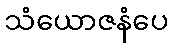
သံယောဇနံပေ